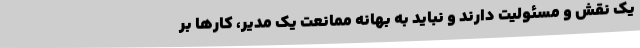
یک نقش و مسئولیت دارند و نباید به بهانه ممانعت یک مدیر، کار‌ها بر